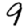
Digit: 9